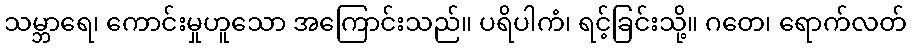
သမ္ဘာရေ၊ ကောင်းမှုဟူသော အကြောင်းသည်။ ပရိပါကံ၊ ရင့်ခြင်းသို့။ ဂတေ၊ ရောက်လတ်